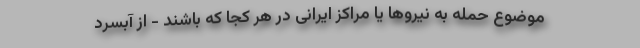
موضوع حمله به نیروها یا مراکز ایرانی در هر کجا که باشند - از آبسرد